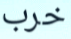
خرب